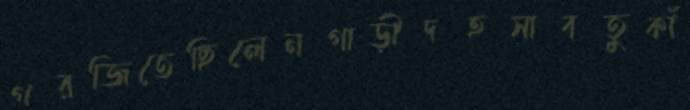
গরজিতেছিলেনগাড়ীদহসাবতুকাঁ